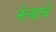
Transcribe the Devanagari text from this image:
नेल्याचे